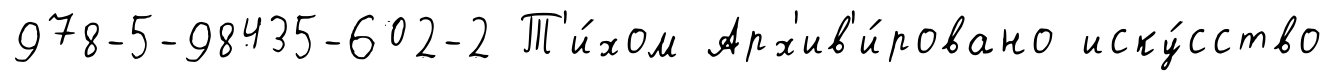
978-5-98435-602-2 Т'и́хом Арх'ив'и́ровано иску́сство